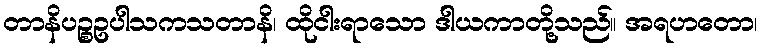
တာနိပဉ္စဥပါသကသတာနိ၊ ထိုငါးရာသော ဒါယကာတို့သည်။ အရဟတော၊